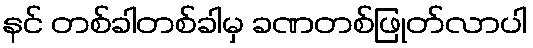
နင် တစ်ခါတစ်ခါမှ ခဏတစ်ဖြုတ်လာပါ